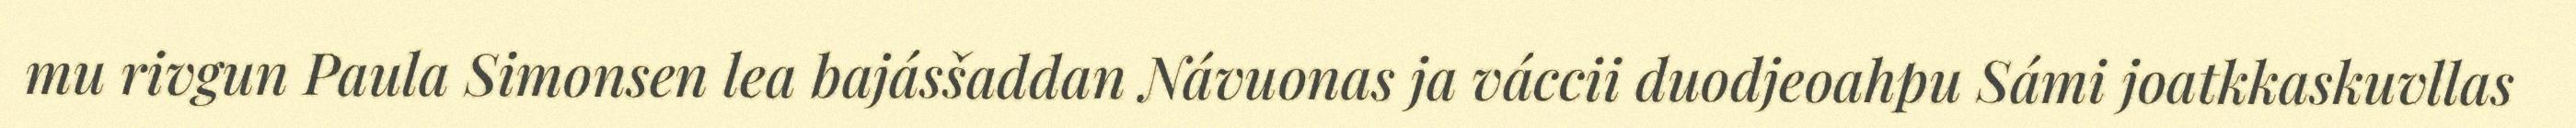
mu rivgun Paula Simonsen lea bajásšaddan Návuonas ja váccii duodjeoahpu Sámi joatkkaskuvllas